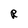
Character: R